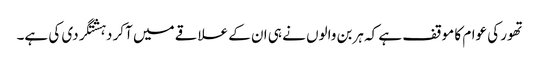
تھور کی عوام کا موقف ہے کہ ہربن والوں نے ہی ان کے علاقے میں آکر دہشتگردی کی ہے۔